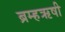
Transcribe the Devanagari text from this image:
ब्रम्हऋषी